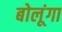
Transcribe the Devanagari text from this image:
बोलूंगा